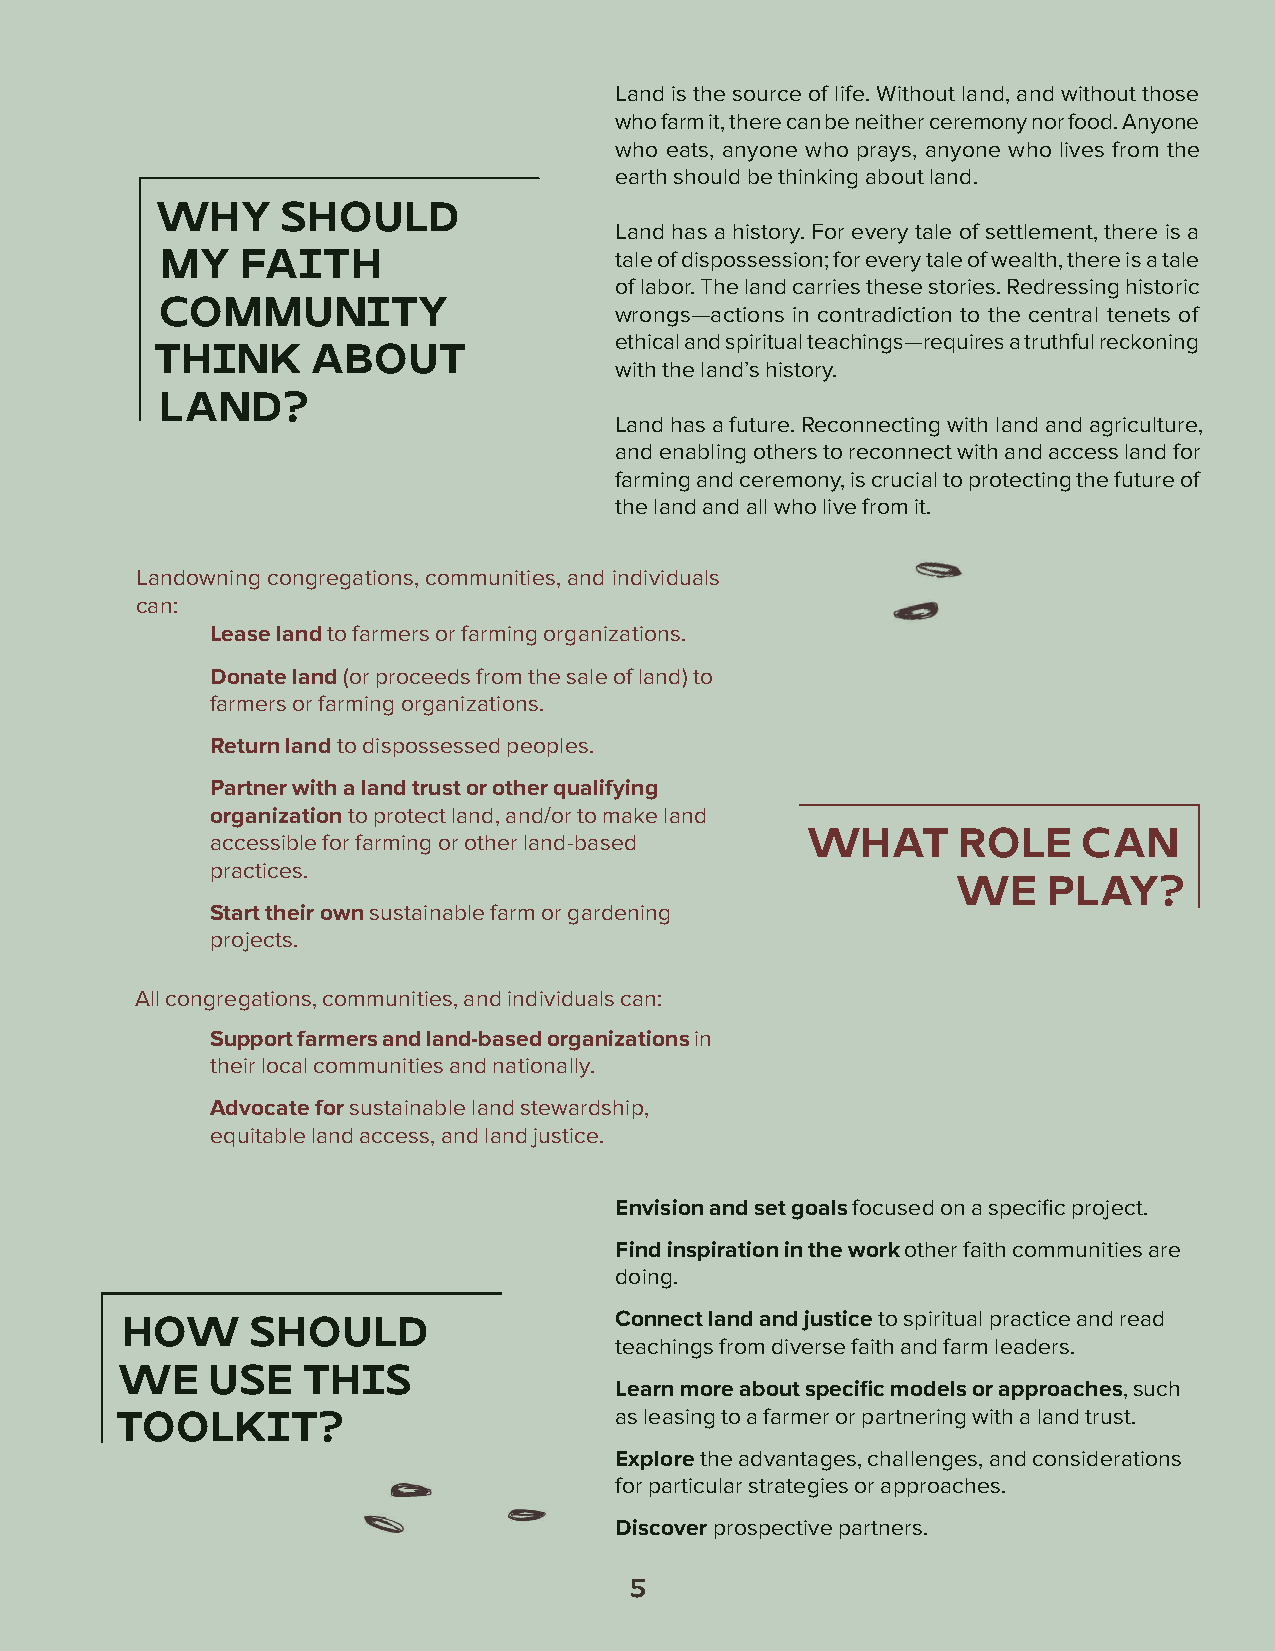
Land is the source of life. Without land, and without those
 who farm it, there can be neither ceremony nor food. Anyone
 who eats, anyone who prays, anyone who lives from the
 earth should be thinking about land.
 WHY      SHOULD
 Land has a history. For every tale of settlement, there is a
 MY   FAITH                    tale of dispossession; for every tale of wealth, there is a tale
 of labor. The land carries these stories. Redressing historic
 COMMUNITY                     wrongs—actions in contradiction to the central tenets of
 ethical and spiritual teachings—requires a truthful reckoning
 THINK      ABOUT
 with the land’s history.
 LAND?
 Land has a future. Reconnecting with land and agriculture,
 and enabling others to reconnect with and access land for
 farming and ceremony, is crucial to protecting the future of
 the land and all who live from it.
 Landowning congregations, communities, and individuals
 can:
 Lease land to farmers or farming organizations.
 Donate land (or proceeds from the sale of land) to
 farmers or farming organizations.
 Return land to dispossessed peoples.
 Partner with a land trust or other qualifying
 organization to protect land, and/or to make land
 accessible for farming or other land-based WHAT  ROLE     CAN
 practices.
 WE    PLAY?
 Start their own sustainable farm or gardening
 projects.
 All congregations, communities, and individuals can:
 Support farmers and land-based organizations in
 their local communities and nationally.
 Advocate for sustainable land stewardship,
 equitable land access, and land justice.
 Envision and set goals focused on a specific project.
 Find inspiration in the work other faith communities are
 doing.
 Connect land and justice to spiritual practice and read
 HOW      SHOULD
 teachings from diverse faith and farm leaders.
 WE    USE   THIS
 Learn more about specific models or approaches, such
 as leasing to a farmer or partnering with a land trust.
 TOOLKIT?
 Explore the advantages, challenges, and considerations
 for particular strategies or approaches.
 Discover prospective partners.
 5